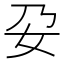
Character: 𭑩